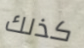
كذلك